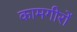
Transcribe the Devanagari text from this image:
कामगीरों